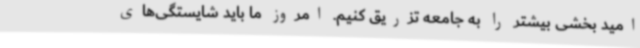
امید بخشی بیشتر را به جامعه تزریق کنیم. امروز ما باید شایستگی‌های